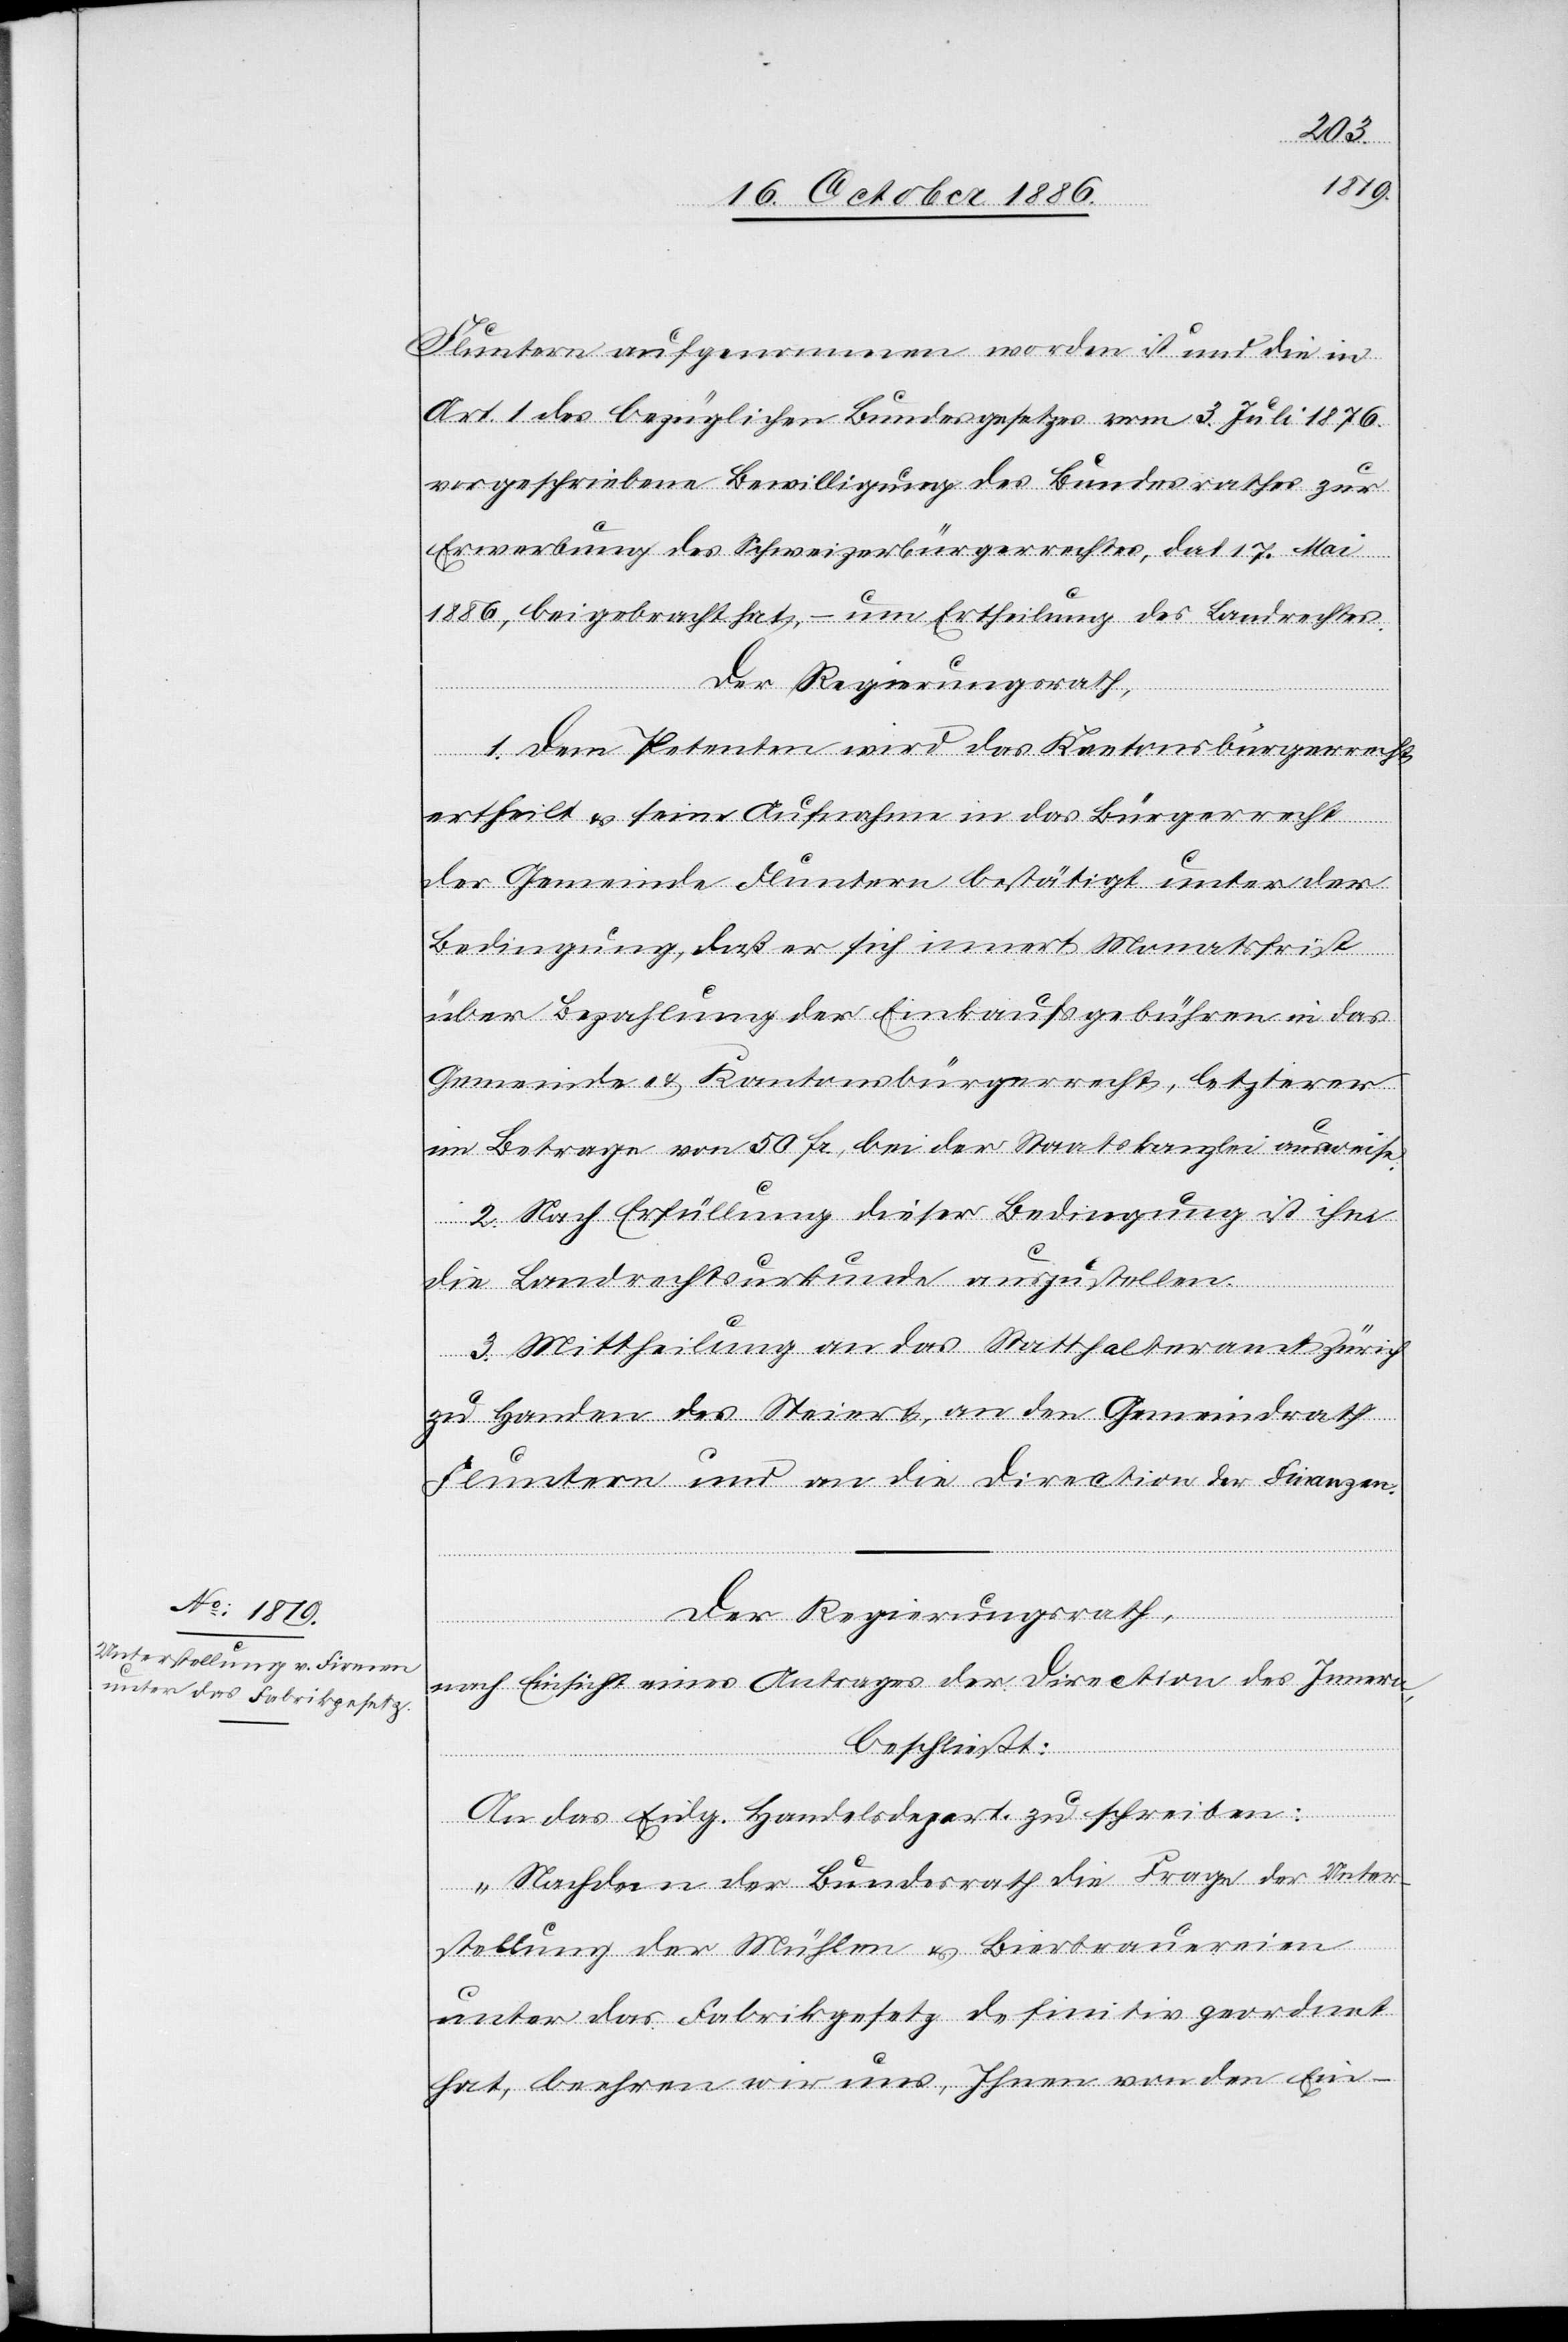
Fluntern aufgenommen worden ist und die in
Art. 1 des bezüglichen Bundesgesetzes vom 3. Juli 1876
vorgeschriebene Bewilligung des Bundesrathes zur
Erwerbung des Schweizerbürgerrechtes, dat. 17. Mai
1886, beigebracht hat, – um Ertheilung des Landrechtes.
Der Regierungsrath,
1. Dem Petenten wird das Kantonsbürgerrecht
ertheilt & seine Aufnahme in das Bürgerrecht
der Gemeinde Fluntern bestätigt unter der
Bedingung, daß er sich innert Monatsfrist
über Bezahlung der Einkaufsgebühren in das
Gemeinde- & Kantonsbürgerrecht, letzterer
im Betrage von 50 Fr., bei der Staatskanzlei ausweise.
2. Nach Erfüllung dieser Bedingung ist ihm
die Landrechtsurkunde auszustellen.
3. Mittheilung an das Statthalteramt Zürich
zu Handen des Steiert, an den Gemeindrath
Fluntern und an die Direction der Finanzen.
Der Regierungsrath,
nach Einsicht eines Antrages der Direction des Innern,
beschließt:
An das Eidg. Handesldepart. zu schreiben:
„Nachdem der Bundesrath die Frage der Unter¬
stellung der Mühlen & Bierbrauereien
unter das Fabrikgesetz definitiv geordnet
hat, beehren wir uns, Ihnen von den Ein-